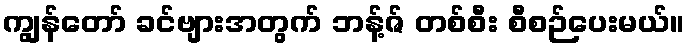
ကျွန်တော် ခင်ဗျားအတွက် ဘန့်ဇ် တစ်စီး စီစဉ်ပေးမယ်။